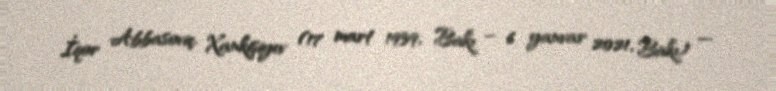
İqor Abbasoviç Xankişiyev (17 mart 1939, Bakı – 6 yanvar 2021, Bakı) —